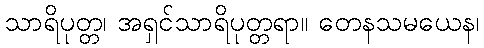
သာရိပုတ္တ၊ အရှင်သာရိပုတ္တရာ။ တေနသမယေန၊